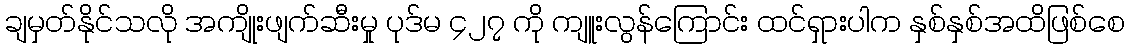
ချမှတ်နိုင်သလို အကျိုးဖျက်ဆီးမှု ပုဒ်မ ၄၂၇ ကို ကျူးလွန်ကြောင်း ထင်ရှားပါက နှစ်နှစ်အထိဖြစ်စေ